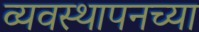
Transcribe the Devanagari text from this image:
व्यवस्थापनच्या